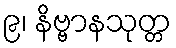
၉၊ နိဗ္ဗာနသုတ္တ